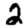
Digit: 2